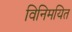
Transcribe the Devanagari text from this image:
विनिमयित